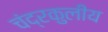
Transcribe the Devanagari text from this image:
चंद्रकुलीय